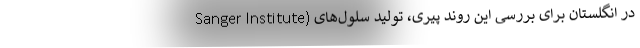
Sanger Institute) در انگلستان برای بررسی این روند پیری، تولید سلول‌های